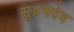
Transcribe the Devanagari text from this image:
सुप्रभदेव